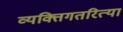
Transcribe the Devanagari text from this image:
व्यक्तिगतरित्या